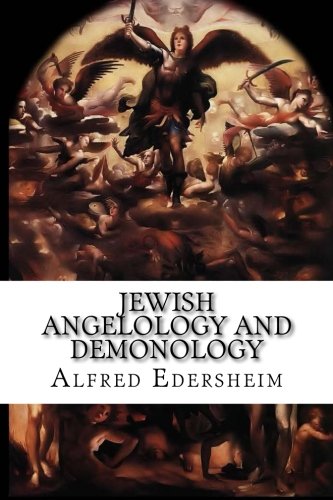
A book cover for Jewish Angelology and Demonology: The Fall of the Angels; Alfred Edersheim; Religion & Spirituality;